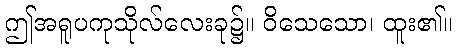
ဤအရူပကုသိုလ်လေးခု၌။ ဝိသေသော၊ ထူး၏။